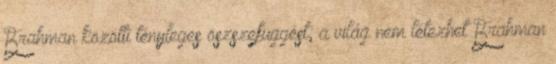
Brahman közötti tényleges öszszefüggést; a világ nem létezhet Brahman